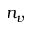
n _ { v }